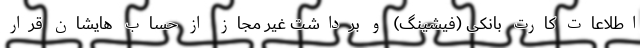
اطلاعات کارت بانکی (فیشینگ) و برداشت غیر مجاز از حساب هایشان قرار